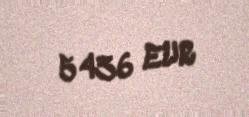
5436 EUR